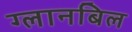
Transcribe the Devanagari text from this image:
ग्लानबिल